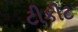
ટીકીટ